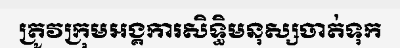
ត្រូវក្រុមអង្គការសិទ្ធិមនុស្សចាត់ទុក